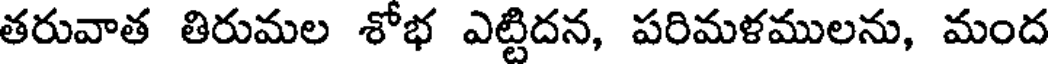
తరువాత తిరుమల శోభ ఎట్టిదన, పరిమళములను, మంద